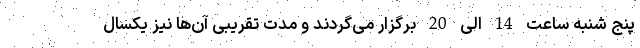
پنج شنبه ساعت 14 الی 20 برگزار می‌گردند و مدت تقریبی آن‌ها نیز یکسال